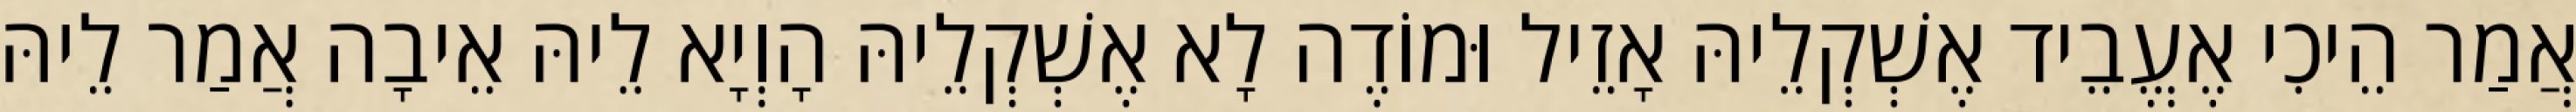
אֲמַר הֵיכִי אֶעֱבֵיד אֶשְׁקְלֵיהּ אָזֵיל וּמוֹדֶה לָא אֶשְׁקְלֵיהּ הָוְיָא לֵיהּ אֵיבָה אֲמַר לֵיהּ